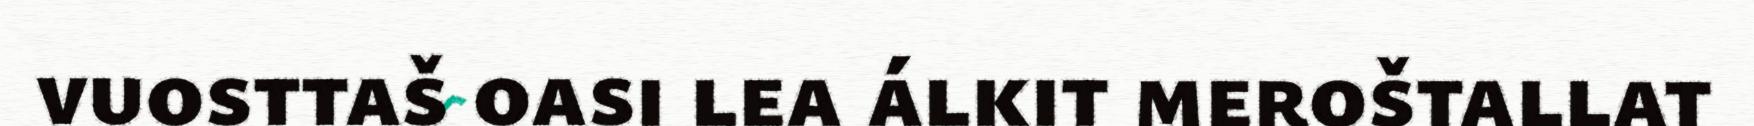
vuosttaš oasi lea álkit meroštallat